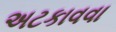
અટકાવવા